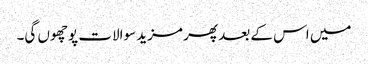
میں اس کے بعد پھر مزید سوالات پوچھوں گی۔